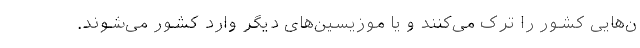
ن‌هایی کشور را ترک می‌کنند و یا موزیسین‌های دیگر وارد کشور می‌شوند.